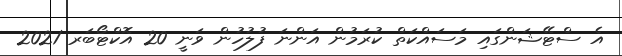
އެ ސްޓޭޝަންގައި މަސައްކަތް ކުރަމުން އަންނަ ފުލުހުން ވަނީ 20 އޮކްޓޯބަރ 2021